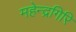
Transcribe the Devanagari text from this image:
महेन्द्रगिरि